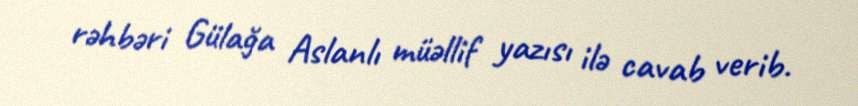
rəhbəri Gülağa Aslanlı müəllif yazısı ilə cavab verib.